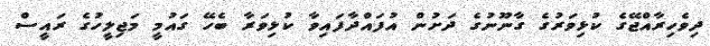
ދިވެހިރާއްޖޭގެ ކުޅިވަރުގެ ގާނޫނުގެ ދަށުން އުފައްދާފައިވާ ކުޅިވަރާ ބެހޭ ގައުމީ މަޖިލީހުގެ ރައީސް